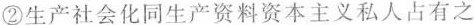
②生产社会化同生产资料资本主义私人占有之